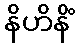
နိဟိနိံ